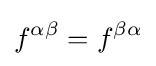
f^{\alpha \beta }=f^{\beta \alpha }